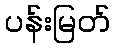
ပန်းမြတ်